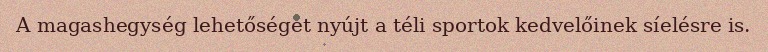
A magashegység lehetőséget nyújt a téli sportok kedvelőinek síelésre is.